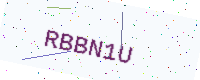
Text: RBBN1U